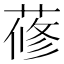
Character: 蓚